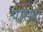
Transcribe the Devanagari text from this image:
पास्खा